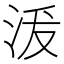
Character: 𱦗